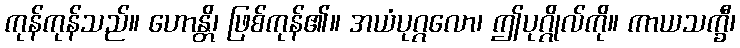
ကုန်ကုန်သည်။ ဟောန္တိ၊ ဖြစ်ကုန်၏။ အယံပုဂ္ဂလော၊ ဤပုဂ္ဂိုလ်ကို။ ကာယသက္ခီ၊